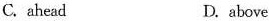
C. ahead D. above